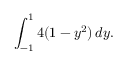
\displaystyle \int _ { - 1 } ^ { 1 } 4 ( 1 - y ^ { 2 } ) \, d y .